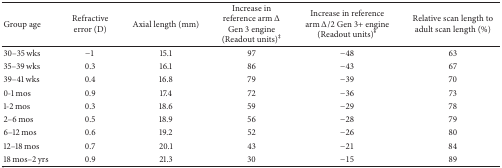
| Group age | Refractive error (D) | Axial length (mm) | Increase in reference arm Δ Gen 3 engine (Readout units)‡ | Increase in reference arm Δ/2 Gen 3+ engine (Readout units)¥ | Relative scan length to adult scan length (%) |
 | --- | --- | --- | --- | --- | --- |
 | 30–35 wks | −1 | 15.1 | 97 | −48 | 63 |
 | 35–39 wks | 0.3 | 16.1 | 86 | −43 | 67 |
 | 39–41 wks | 0.4 | 16.8 | 79 | −39 | 70 |
 | 0-1 mos | 0.9 | 17.4 | 72 | −36 | 73 |
 | 1-2 mos | 0.3 | 18.6 | 59 | −29 | 78 |
 | 2–6 mos | 0.5 | 18.9 | 56 | −28 | 79 |
 | 6–12 mos | 0.6 | 19.2 | 52 | −26 | 80 |
 | 12–18 mos | 0.7 | 20.1 | 43 | −21 | 84 |
 | 18 mos–2 yrs | 0.9 | 21.3 | 30 | −15 | 89 |